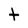
Character: t